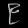
Digit: ၉